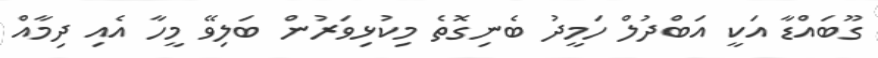
ގޫބައްޑާ އަކީ އަބްދުލް ހަމީދު ބެނިގޮތެ މިކުޅިވަރުން ބަލިވޭ މީހާ އެއި ދިމާއް